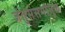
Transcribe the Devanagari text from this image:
जंतुसंसर्गांमुळे